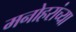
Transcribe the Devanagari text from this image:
मनोहरांच्या